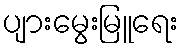
ပျားမွေးမြူရေး